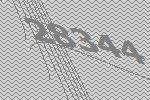
28344